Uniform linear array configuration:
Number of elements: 16
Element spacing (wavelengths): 1
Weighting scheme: exponential
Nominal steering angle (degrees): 60
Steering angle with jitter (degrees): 60.358
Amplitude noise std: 0.05
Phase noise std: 0.05

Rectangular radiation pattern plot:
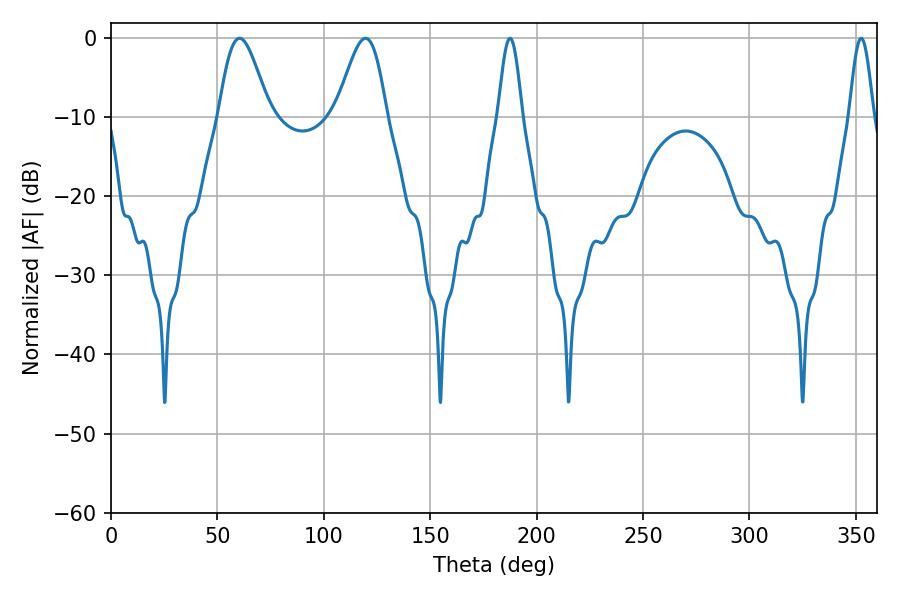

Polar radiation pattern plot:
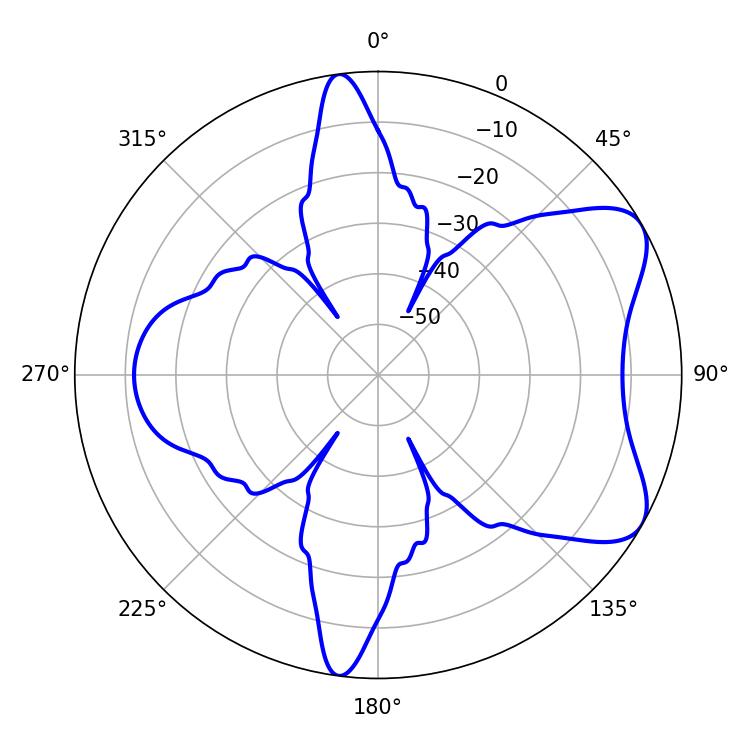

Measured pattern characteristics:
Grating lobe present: TRUE
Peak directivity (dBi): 6.941
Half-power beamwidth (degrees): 12.6
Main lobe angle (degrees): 60.48